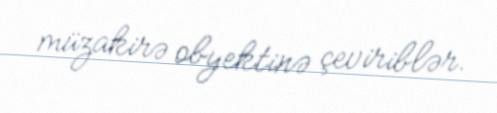
müzakirə obyektinə çeviriblər.